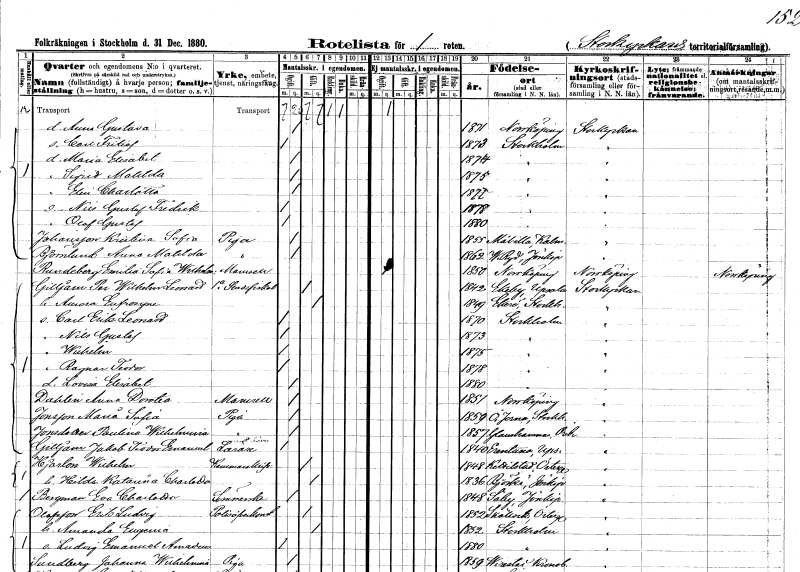
gt_parse: households: individuals: FN: Anna Gustava
KON: K
CIV: O
FODAR: 1871
FODFORS: Norrköping Östergötlands län
FN: Carl Fritiof
KON: M
CIV: O
FODAR: 1873
FODFORS: Stockholm
FN: Maria Elisabet
KON: K
CIV: O
FODAR: 1874
FODFORS: Stockholm
FN: Sigrid Matilda
KON: K
CIV: O
FODAR: 1875
FODFORS: Stockholm
FN: Elin Charlotta
KON: K
CIV: O
FODAR: 1877
FODFORS: Stockholm
FN: Nils Gustaf Fredrik
KON: M
CIV: O
FODAR: 1878
FODFORS: Stockholm
FN: Olof Gustaf
KON: M
CIV: O
FODAR: 1880
FODFORS: Stockholm
FN: Kristina Sofia
EN: Johansson
YRKE: Piga
KON: K
CIV: O
FODAR: 1855
FODFORS: Målilla med Gårdveda Kalmar län
FN: Anna Matilda
EN: Björnlund
YRKE: Piga
KON: K
CIV: O
FODAR: 1862
FODFORS: Västra Ryd Östergötlands län
FN: Emilia Sofia Wilhelmina
EN: Rundeberg
KON: K
CIV: O
FODAR: 1850
FODFORS: Norrköping Östergötlands län
FN: Per Wilhelm Leonard
EN: Gilljam
YRKE: Stadsfiskal 1:a
KON: M
CIV: G
FODAR: 1842
FODFORS: Ekeby Uppsala län
FN: Anna Eufrosyne
KON: K
CIV: G
FODAR: 1849
FODFORS: Ekerö Stockholms län
FN: Carl Erik Leonard
KON: M
CIV: O
FODAR: 1870
FODFORS: Stockholm
FN: Nils Gustaf
KON: M
CIV: O
FODAR: 1873
FODFORS: Stockholm
FN: Wilhelm
KON: M
CIV: O
FODAR: 1875
FODFORS: Stockholm
FN: Ragnar Teodor
KON: M
CIV: O
FODAR: 1878
FODFORS: Stockholm
FN: Lovisa Elisabet
KON: K
CIV: O
FODAR: 1880
FODFORS: Stockholm
FN: Anna Dorotea
EN: Dahlin
KON: K
CIV: O
FODAR: 1851
FODFORS: Norrköping Östergötlands län
FN: Maria Sofia
EN: Jonsson
YRKE: Piga
KON: K
CIV: O
FODAR: 1859
FODFORS: Överjärna Stockholms län
FN: Paulina Wilhelmina
EN: Jonsdotter
YRKE: Piga
KON: K
CIV: O
FODAR: 1857
FODFORS: Glanshammar Örebro län
FN: Jakob Teodor Emanuel
EN: Gilljam
YRKE: Lärare
KON: M
CIV: O
FODAR: 1840
FODFORS: Ärentuna Uppsala län
FN: Wilhelm
EN: Hjorton
YRKE: Kammarskrivare
KON: M
CIV: G
FODAR: 1848
FODFORS: Kättilstad Östergötlands län
FN: Hilda Katarina Charlotta
KON: K
CIV: G
FODAR: 1836
FODFORS: Björkö Jönköpings län
FN: Eva Charlotta
EN: Bergman
YRKE: Sömmerska
KON: K
CIV: O
FODAR: 1848
FODFORS: Säby Jönköpings län